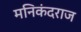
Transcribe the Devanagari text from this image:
मनिकंदराज